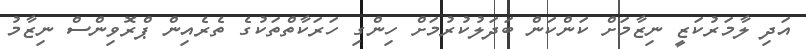
އަދި ލާމަރުކަޒީ ނިޒާމަށް ކަންކަން ބަދަލުކުރުމަށް ހިންގި ހަރަކާތްތަކުގެ ތެރެއިން ޕްރޮވިންސް ނިޒާމު